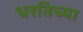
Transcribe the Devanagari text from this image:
धरतिच्या